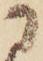
に